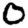
Digit: 0